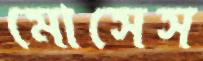
মোসেস